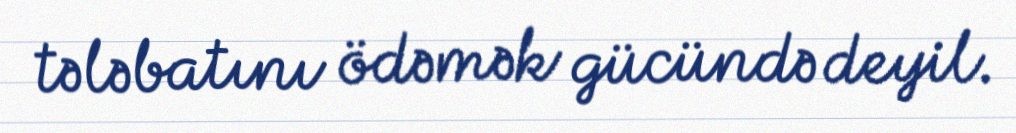
tələbatını ödəmək gücündə deyil.